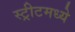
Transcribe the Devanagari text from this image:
स्ट्रीटमध्ये